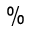
\%